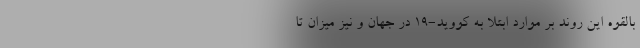
بالقوه این روند بر موارد ابتلا به کووید-۱۹ در جهان و نیز میزان تا